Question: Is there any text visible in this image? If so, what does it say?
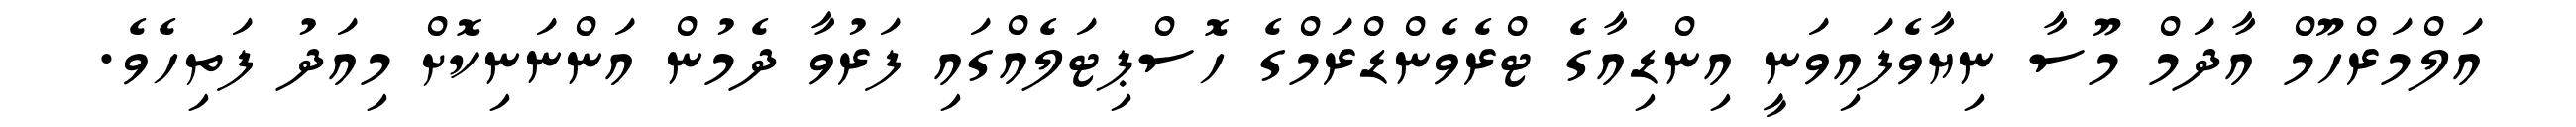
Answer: އަލްމަރްހޫމް އާދަމް މޫސާ ނިޔާވެފައިވަނީ އިންޑިއާގެ ޓްރެވެންޑްރަމްގެ ހޮސްޕިޓަލެއްގައި ފަރުވާ ދެމުން އަންނަނިކޮށް މިއަދު ފަތިހެވެ.